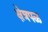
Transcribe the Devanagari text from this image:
क्षेत्रपळ